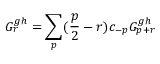
G _ { r } ^ { g h } = \sum _ { p } ( \frac { p } { 2 } - r ) c _ { - p } G _ { p + r } ^ { g h }